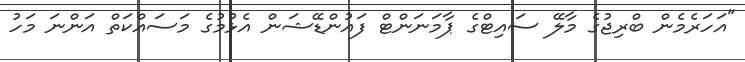
"އަހަރެމެން ބްރިޖުގެ މާލޭ ސައިޓްގެ ޕާމަނަންޓް ފައުންޑޭޝަން އެޅުމުގެ މަސައްކަތް އަންނަ މަހު